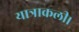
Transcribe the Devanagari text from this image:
यात्राकली।